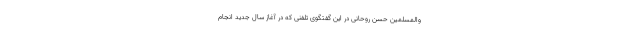
والمسلمین حسن روحانی در این گفتگوی تلفنی که در آغاز سال جدید انجام